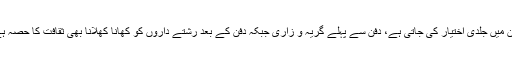
دفن میں جلدی اختیار کی جاتی ہے، دفن سے پہلے گریہ و زاری جبکہ دفن کے بعد رشتے داروں کو کھانا کھلانا بھی ثقافت کا حصہ ہے۔